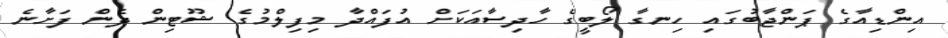
އިންޑިއާގެ ޕަންޖާބުގައި ހިނގާ ލޯބީގެ ހާދިސާއަކަށް އުފައްދާ މިފިލްމުގެ ޝޫޓިން ދެން ފަށާނެ